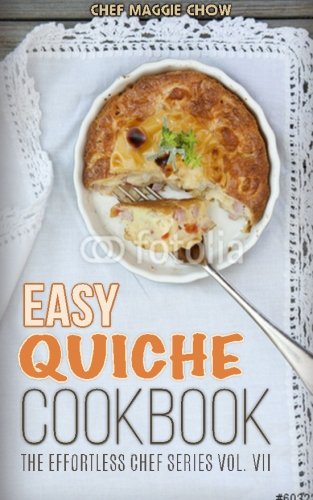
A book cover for Easy Quiche Cookbook (The Effortless Chef Series) (Volume 7); Chef Maggie Chow; Cookbooks, Food & Wine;